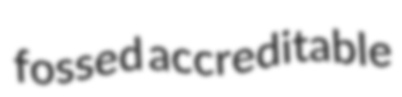
fossed accreditable